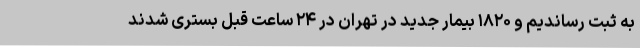
به ثبت رساندیم و ۱۸۲۰ بیمار جدید در تهران در ۲۴ ساعت قبل بستری شدند